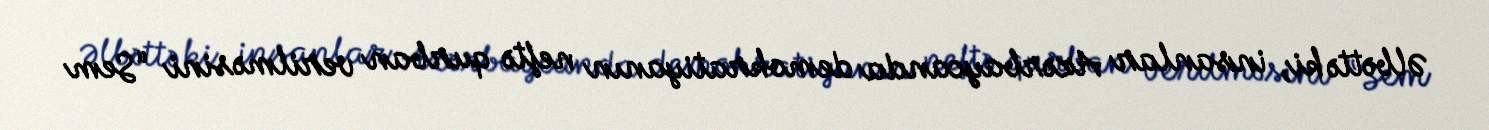
Əlbəttə ki, insanlar Azərbaycanda demokratiyanın neftə qurban verilməsini “Sem